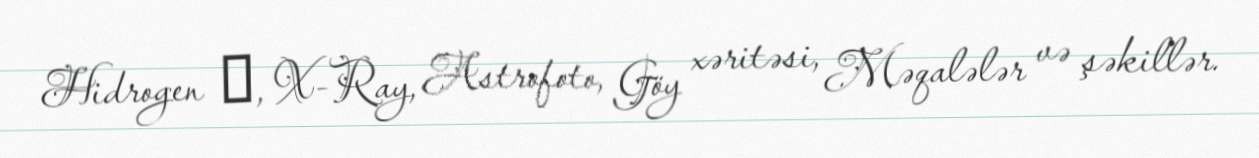
Hidrogen α, X-Ray, Astrofoto, Göy xəritəsi, Məqalələr və şəkillər.